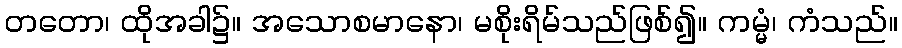
တတော၊ ထိုအခါ၌။ အသောစမာနော၊ မစိုးရိမ်သည်ဖြစ်၍။ ကမ္မံ၊ ကံသည်။